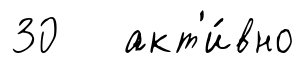
30 акт'и́вно